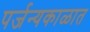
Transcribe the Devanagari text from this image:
पर्जन्यकाळात